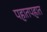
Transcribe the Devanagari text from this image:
पहातपहात